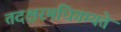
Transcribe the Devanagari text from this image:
तदक्षरमधिगम्यते